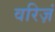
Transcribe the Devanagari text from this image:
वरिज़ं